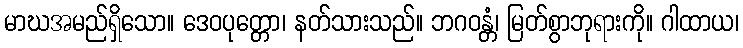
မာဃအမည်ရှိသော။ ဒေဝပုတ္တော၊ နတ်သားသည်။ ဘဂဝန္တံ၊ မြတ်စွာဘုရားကို။ ဂါထာယ၊